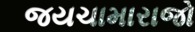
જયચામારાજો